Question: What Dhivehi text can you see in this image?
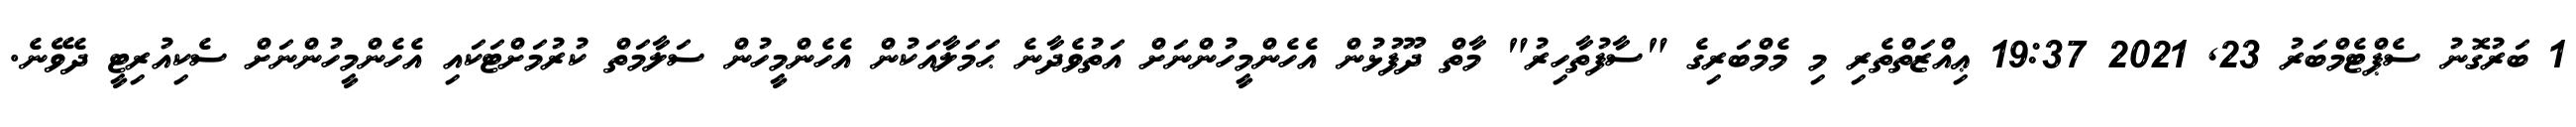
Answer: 1 ބަރުގޮނު ސެޕްޓެމްބަރު 23, 2021 19:37 ޢިއްޒަތްތެރި މި މެމްބަރިގެ "ސާފުތާހިރު" މާތް ދޫފުޅުން އެހެންމީހުންނަށް އަތުވެދާނެ ޙަމަލާއަކުން އެހެންމީހުން ސަލާމަތް ކުރުމަށްޓަކައި އެހެންމީހުންނަށް ސެކިއުރިޓީ ދެވޭނެ.